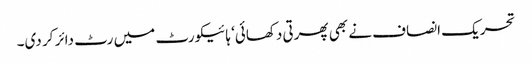
تحریک انصاف نے بھی پھرتی دکھائی‘ ہائیکورٹ میں رٹ دائر کر دی۔